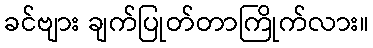
ခင်ဗျား ချက်ပြုတ်တာကြိုက်လား။